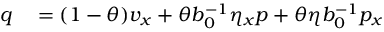
\begin{array} { r l } { q } & { { } = ( 1 - \theta ) v _ { x } + \theta b _ { 0 } ^ { - 1 } \eta _ { x } p + \theta \eta b _ { 0 } ^ { - 1 } p _ { x } } \end{array}